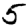
Digit: 5